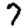
Digit: 7